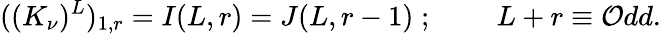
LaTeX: ((K_{\nu})^{L})_{1,r}=I(L,r)=J(L,r-1)\; ;\; \; \; \; \; \; \; \; L+r\equiv\mathcal{O}dd.